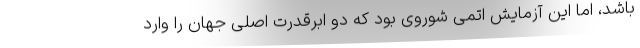
باشد، اما این آزمایش اتمی شوروی بود که دو ابرقدرت اصلی جهان را وارد